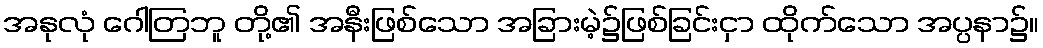
အနုလုံ ဂေါတြဘူ တို့၏ အနီးဖြစ်သော အခြားမဲ့၌ဖြစ်ခြင်းငှာ ထိုက်သော အပ္ပနာ၌။